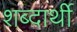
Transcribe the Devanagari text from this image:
शब्दार्थी